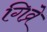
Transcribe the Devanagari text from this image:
गिव्रे